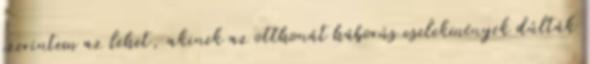
szerintem az lehet, akinek az otthonát háborús cselekmények dúlták